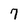
Character: 7